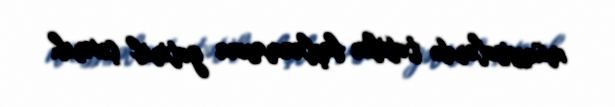
müəssisələrdə tətilin başlanmasına gətirib çıxarıb.